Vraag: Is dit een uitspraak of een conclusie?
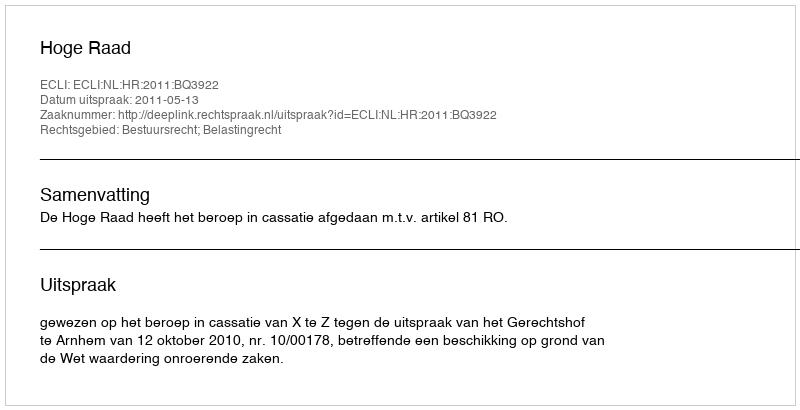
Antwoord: Uitspraak